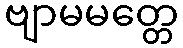
ဗျာမမတ္တေ